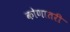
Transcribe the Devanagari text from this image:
कोणातरी